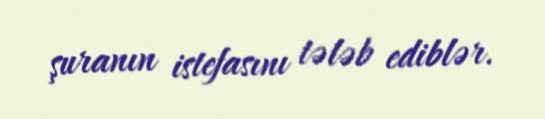
şuranın istefasını tələb ediblər.